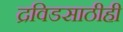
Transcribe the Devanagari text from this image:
द्रविडसाठीही